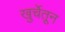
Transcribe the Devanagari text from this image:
खुर्चेतून